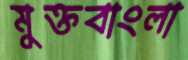
মুক্তবাংলা